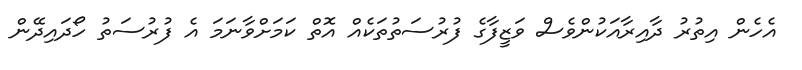
އެހެން އިތުރު ދާއިރާއަކުންވެސް ވަޒީފާގެ ފުރުސަތުތަކެއް އޮތް ކަމަށްވާނަމަ އެ ފުރުސަތު ހޯދައިދޭން